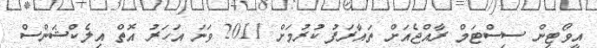
އީވޯޓިން ސިސްޓަމް ރާއްޖެއަށް ތައާރަފު ކުރުމަށް 2011 ވަނަ އަހަރު އޮތް އިލެކްޝަންސް